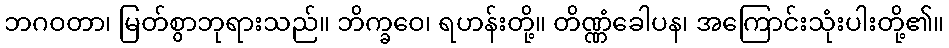
ဘဂဝတာ၊ မြတ်စွာဘုရားသည်။ ဘိက္ခဝေ၊ ရဟန်းတို့။ တိဏ္ဏံခေါပန၊ အကြောင်းသုံးပါးတို့၏။